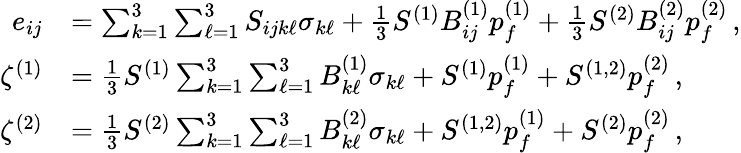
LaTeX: \begin{array}{rl}{e_{ij}}&{=\sum_{k=1}^{3}\sum_{\ell=1}^{3}S_{ijk\ell}\sigma_{k\ell}+\frac{1}{3}S^{(1)}B_{ij}^{(1)}p_{f}^{(1)}+\frac{1}{3}S^{(2)}B_{ij}^{(2)}p_{f}^{(2)}\, ,}\\ {\zeta^{(1)}}&{=\frac{1}{3}S^{(1)}\sum_{k=1}^{3}\sum_{\ell=1}^{3}B_{k\ell}^{(1)}\sigma_{k\ell}+S^{(1)}p_{f}^{(1)}+S^{(1,2)}p_{f}^{(2)}\, ,}\\ {\zeta^{(2)}}&{=\frac{1}{3}S^{(2)}\sum_{k=1}^{3}\sum_{\ell=1}^{3}B_{k\ell}^{(2)}\sigma_{k\ell}+S^{(1,2)}p_{f}^{(1)}+S^{(2)}p_{f}^{(2)}\, ,}\end{array}